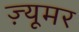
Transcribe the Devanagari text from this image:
ज़्यूमर